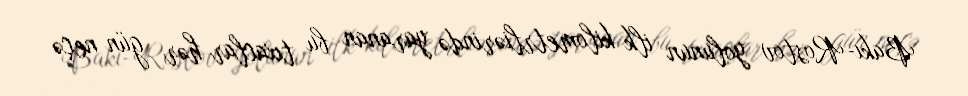
Bakı-Rostov yolunun ilk kilometrliərində yaranan bu tıxaclar hər gün neçə